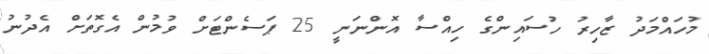
މުހައްމަދު ޒާހިރު ހުސައިންގެ ހިއްސާ އޮންނަނީ 25 ޕަސެންޓަށް ވުމުން އެގޮތަށް އެދުނު